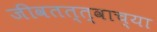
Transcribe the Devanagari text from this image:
जीवतत्त्वाच्या